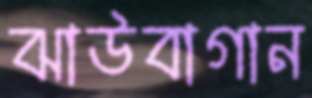
ঝাউবাগান